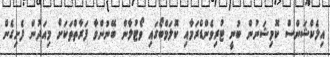
އިލެކްޝަންސް ކޮމިޝަނުން ބުނީ ޓުރިވެންޑްރަމާއި ކޮލަމްބޯގައި ވޯޓުލާން ބޭނުންވާ ފަރާތްތަކަށް މިއަދުން ފެށިގެން